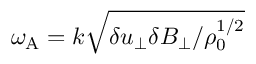
\omega _ { \mathrm { A } } = k \sqrt { \delta u _ { \perp } \delta B _ { \perp } / \rho _ { 0 } ^ { 1 / 2 } }